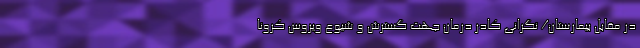
در مقابل بیمارستان/ نگرانی کادر درمان جهت گسترش و شیوع ویروس کرونا